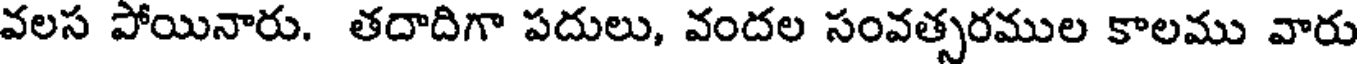
వలస పోయినారు. తదాదిగా పదులు, వందల సంవత్సరముల కాలము వారు